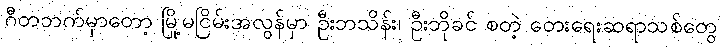
ဂီတဘက်မှာတော့ မြို့မငြိမ်းအလွန်မှာ ဦးဘသိန်း၊ ဦးဘိုခင် စတဲ့ တေးရေးဆရာသစ်တွေ